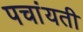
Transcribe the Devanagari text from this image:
पचांयती